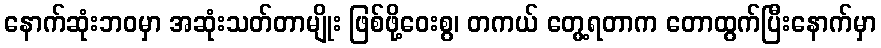
နောက်ဆုံးဘဝမှာ အဆုံးသတ်တာမျိုး ဖြစ်ဖို့ဝေးစွ၊ တကယ် တွေ့ရတာက တောထွက်ပြီးနောက်မှာ